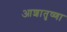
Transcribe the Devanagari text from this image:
आशातृष्णा